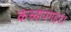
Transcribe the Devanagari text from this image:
कच्चापगहटा